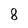
Character: 8